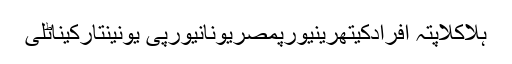
ہلاکلاپتہ افرادکیتھرینیورپمصریونانیورپی یونینتارکیناٹلی